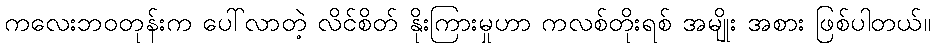
ကလေးဘဝတုန်းက ပေါ်လာတဲ့ လိင်စိတ် နိုးကြားမှုဟာ ကလစ်တိုးရစ် အမျိုး အစား ဖြစ်ပါတယ်။